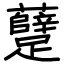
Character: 躠